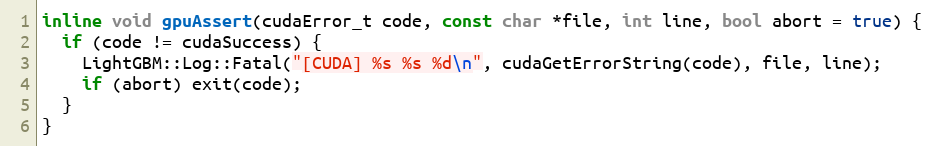
Language: C
inline void gpuAssert(cudaError_t code, const char *file, int line, bool abort = true) {
  if (code != cudaSuccess) {
    LightGBM::Log::Fatal("[CUDA] %s %s %d\n", cudaGetErrorString(code), file, line);
    if (abort) exit(code);
  }
}